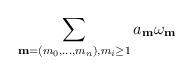
LaTeX: \begin{gather*} \sum_{\mathbf{m}=(m_0,\dots,m_n),m_i\geq 1} a_{\mathbf{m}} \omega_{\mathbf{m}}\end{gather*}